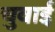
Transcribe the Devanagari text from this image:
चुवाई